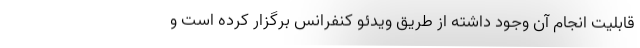
قابلیت انجام آن وجود داشته از طریق ویدئو کنفرانس برگزار کرده است و